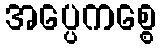
အပ္ပေကစ္စေ